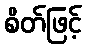
စိတ်ဖြင့်